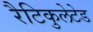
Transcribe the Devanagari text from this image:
रैटिकुलेटेड